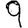
Digit: 9